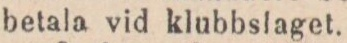
betala vid klubbslaget.